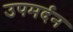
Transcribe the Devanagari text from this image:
उपमर्दन